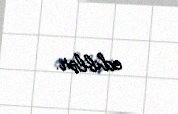
ediblər.